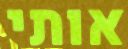
אותי